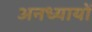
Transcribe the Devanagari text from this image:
अनध्यायों